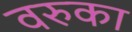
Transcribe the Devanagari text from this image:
वरुका